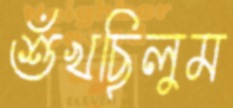
শুঁখছিলুম